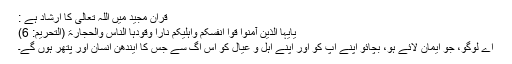
قرآن مجید میں اللہ تعالیٰ کا ارشاد ہے :
یَآیُّہَا الَّذِیْنَ آمَنُوا قُوا أَنفُسَکُمْ وَأَہْلِیْکُمْ نَاراً وَقُودُہَا النَّاسُ وَالْحِجَارَۃ (التحریم: 6)
اے لوگو، جو ایمان لائے ہو، بچائو اپنے آپ کو اور اپنے اہل و عیال کو اس آگ سے جس کا ایندھن انسان اور پتھر ہوں گے۔